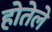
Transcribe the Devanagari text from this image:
होतेले